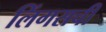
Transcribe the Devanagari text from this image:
लिंगसची